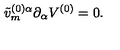
\tilde { v } _ { m } ^ { ( 0 ) \alpha } \partial _ { \alpha } V ^ { ( 0 ) } = 0 .